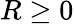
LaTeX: R\ge 0